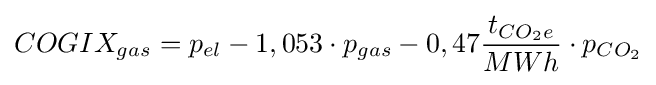
COGIX_{gas}=p_{el}-1,053\cdot p_{gas}-0,47{\frac {t_{CO_{2}e}}{MWh}}\cdot p_{CO_{2}}